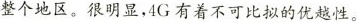
整个地区。很明显，4G有着不可比拟的优越性。